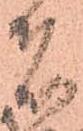
者